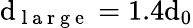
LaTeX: \mathrm{d}_{\mathrm{{~l~a~r~g~e~}}}=1.4\mathrm{d}_{0}